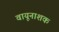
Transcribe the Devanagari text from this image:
वायूनाशक